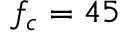
f _ { c } = 4 5